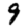
Digit: 9